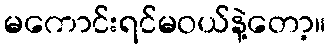
မကောင်းရင်မဝယ်နဲ့တော့။